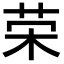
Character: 荣